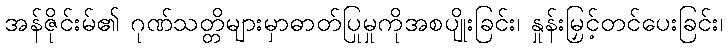
အန်ဇိုင်းမ်၏ ဂုဏ်သတ္တိများမှာဓာတ်ပြုမှုကိုအစပျိုးခြင်း၊ နှုန်းမြှင့်တင်ပေးခြင်း၊